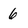
Character: 6